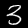
Digit: 3